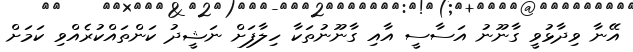
އޭނާ ވިދާޅުވީ ގާނޫނު އަސާސީ އާއި ގާނޫނުތަކާ ހިލާފަށް ނަޝީދު ކަންތައްކުރެއްވި ކަމަށް